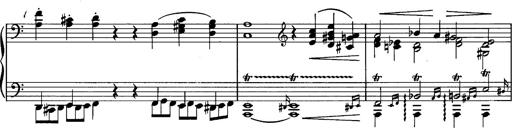
Title: La romanesca
Composer: Franz Liszt